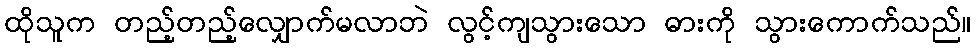
ထိုသူက တည့်တည့်လျှောက်မလာဘဲ လွင့်ကျသွားသော ဓားကို သွားကောက်သည်။